Scottish Leaving Certificate Examination, 1952
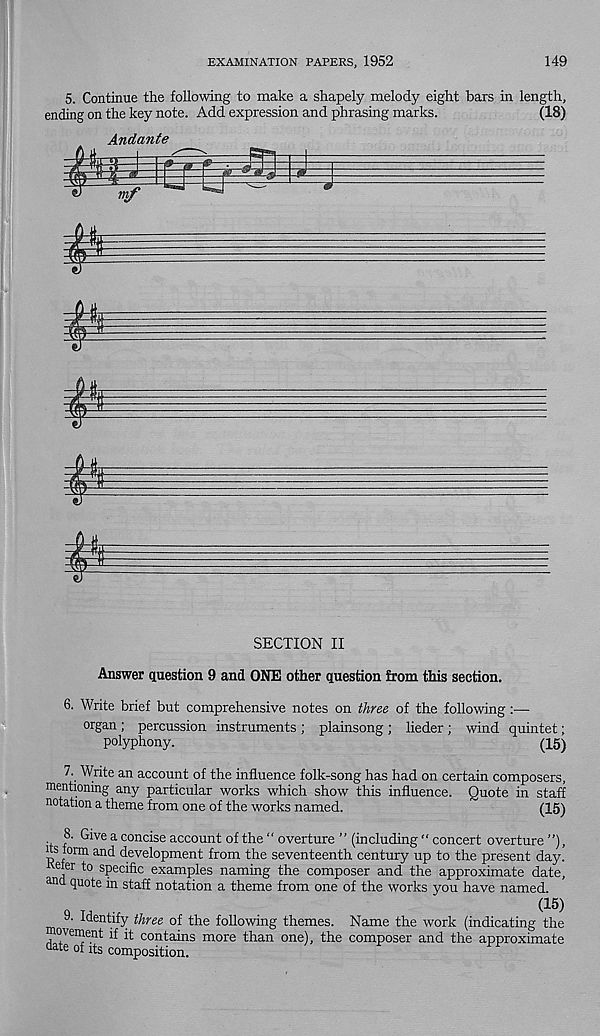
EXAMINATION PAPERS, 1952
149
5. Continue the following to make a shapely melody eight bars in length,
ending on the key note. Add expression and phrasing marks.
(18)
Andante
SECTION II
Answer question 9 and ONE other question from this section.
6. Write brief but comprehensive notes on three, of the following:—
organ ; percussion instruments ; plainsong ; lieder ; wind quintet;
polyphony.
(15)
7. Write an account of the influence folk-song has had on certain composers,
mentioning any particular works which show this influence. Quote in staff
notation a theme from one of the works named.
(15)
8. Give a concise account of the “ overture ” (including "concert overture”),
its lorm and development from the seventeenth century up to the present day.
eier to specific examples naming the composer and the approximate date,
and quote in staff notation a theme from one of the works you have named.
(1.5)
9- Identify three of the following themes. Name the work (indicating the
movement if it contains more than one), the composer and the approximate
date of its composition.